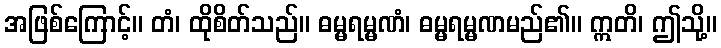
အဖြစ်ကြောင့်။ တံ၊ ထိုစိတ်သည်။ ဓမ္မရမ္မဏံ၊ ဓမ္မရမ္မဏမည်၏။ ဣတိ၊ ဤသို့။